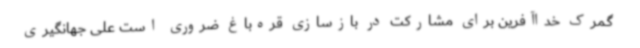
گمرک خداآفرین برای مشارکت در بازسازی قره‌باغ ضروری است علی جهانگیری